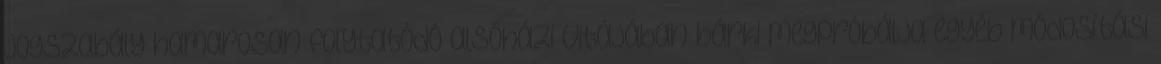
jogszabály hamarosan folytatódó alsóházi vitájában bárki megpróbálja egyéb módosítási